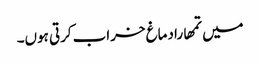
میں تمھارا دماغ خراب کرتی ہوں۔